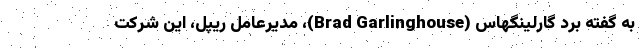
به گفته برد گارلینگهاس (Brad Garlinghouse)، مدیرعامل ریپل، این شرکت